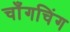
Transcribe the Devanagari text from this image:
चाँगचिंग